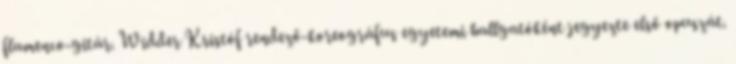
flamenco-gitár. Widder Kristóf rendező-koreográfus egyetemi hallgatóként jegyezte első opuszát.